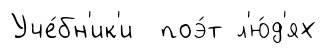
Уче́бн'ик'и поэ́т л'ю́д'ях